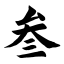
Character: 叁